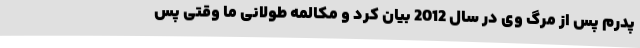
پدرم پس از مرگ وی در سال 2012 بیان کرد و مکالمه طولانی ما وقتی پس